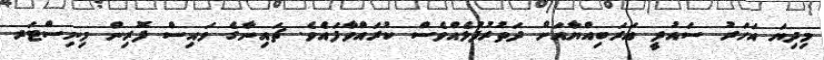
މިދިޔަ އަހަރު ސައުދީ އަރަބިއްޔާއަށް ދަތުރުފުޅެއްވެސް ކުރައްވާފައެވެ. ޗައިނާގެ ވައިސް ފޮރިން މިނިސްޓަރ